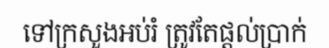
ទៅក្រសួងអប់រំ ត្រូវតែផ្តល់ប្រាក់